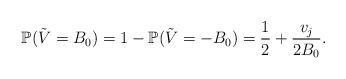
LaTeX: \begin{align*} \mathbb{P}(\tilde{V} = B_0) = 1 - \mathbb{P}(\tilde{V} = -B_0) = \frac{1}{2}+\frac{v_j}{2B_0}. \end{align*}